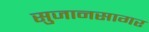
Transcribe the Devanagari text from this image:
सुजानसागर